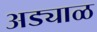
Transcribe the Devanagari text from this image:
अड्याळ